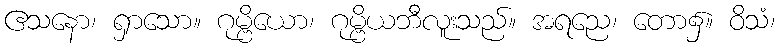
ဧသနော၊ ရှာသော။ ဂုမ္ဗိယော၊ ဂုမ္ဗိယဘီလူးသည်။ အရညေ၊ တော၌။ ဝိသံ၊